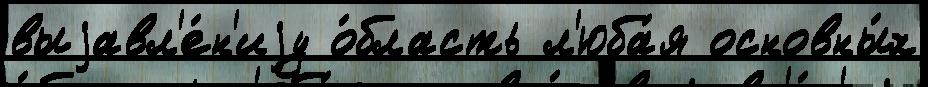
выjавл'е́н'иjу о́бласть л'юба́я основны́х